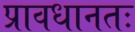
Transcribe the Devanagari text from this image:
प्रावधानतः